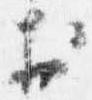
於